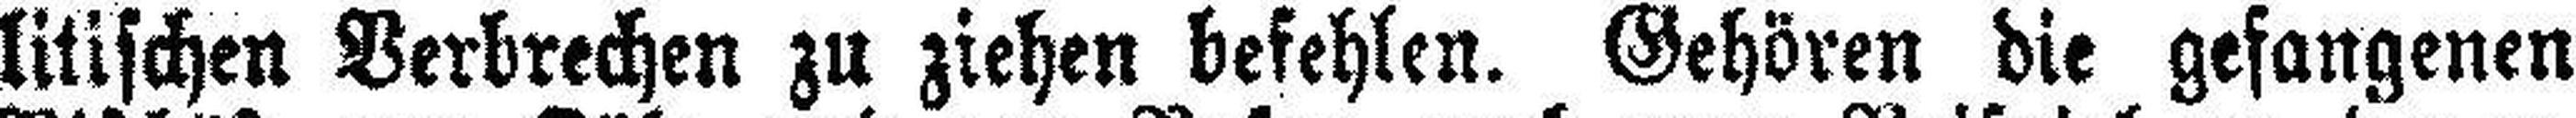
litischen Verbrechen zu ziehen befehlen. Gehören die gefangenen